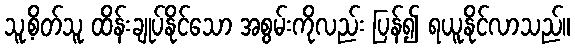
သူ့စိတ်သူ ထိန်းချုပ်နိုင်သော အစွမ်းကိုလည်း ပြန်၍ ရယူနိုင်လာသည်။